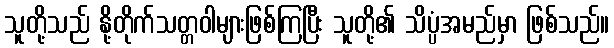
သူတို့သည် နို့တိုက်သတ္တဝါများဖြစ်ကြပြီး သူတို့၏ သိပ္ပံအမည်မှာ ဖြစ်သည်။